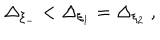
\Delta _ { \xi _ { - } } < \Delta _ { \xi _ { 1 } } = \Delta _ { \xi _ { 2 } } ~ ,